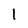
Character: 1